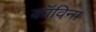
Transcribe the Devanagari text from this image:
कॉविना